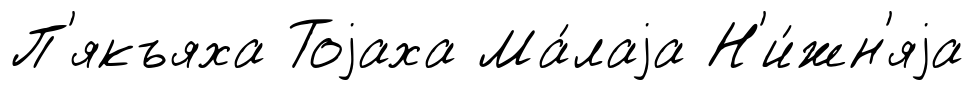
П'якъяха Тоjаха Ма́лаjа Н'и́жн'яjа